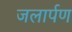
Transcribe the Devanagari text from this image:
जलार्पण